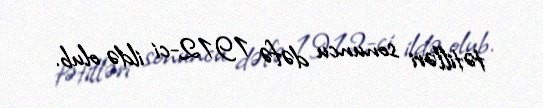
tətilləri sonuncu dəfə 1912-ci ildə olub.